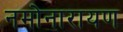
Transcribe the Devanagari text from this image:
नमोनारायण